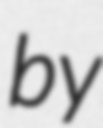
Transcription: by